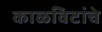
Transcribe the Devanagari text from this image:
काळविटांचे